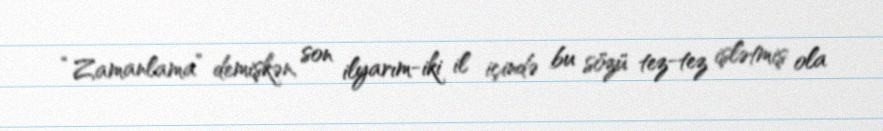
“Zamanlama” demişkən, son ilyarım-iki il içində bu sözü tez-tez işlətmiş ola